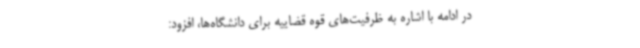
در ادامه با اشاره به ظرفیت‌های قوه قضاییه برای دانشگاه‌ها، افزود: